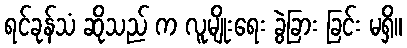
ရင်ခုန်သံ ဆိုသည် က လူမျိုးရေး ခွဲခြား ခြင်း မရှိ။